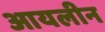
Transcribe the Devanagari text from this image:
आयलीन